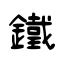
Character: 鐵